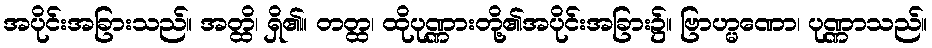
အပိုင်းအခြားသည်။ အတ္ထိ၊ ရှိ၏။ တတ္ထ၊ ထိုပုဏ္ဏားတို့၏အပိုင်းအခြား၌။ ဗြာဟ္မဏော၊ ပုဏ္ဏာသည်။